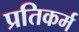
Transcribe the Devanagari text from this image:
प्रतिकर्म